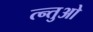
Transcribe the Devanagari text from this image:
त्न्तुओ